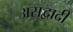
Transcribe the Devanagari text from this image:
असद्वादी